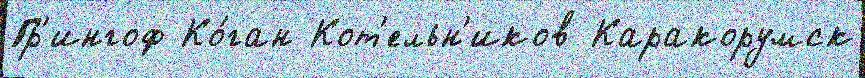
Гр'ингоф Ко́ган Кот'ельн'иков Каракорумск